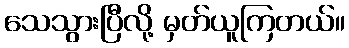
သေသွားပြီလို့ မှတ်ယူကြတယ်။